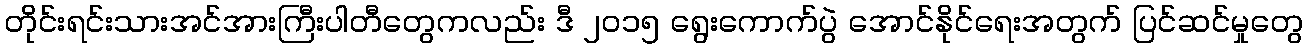
တိုင်းရင်းသားအင်အားကြီးပါတီတွေကလည်း ဒီ ၂ဝ၁၅ ရွေးကောက်ပွဲ အောင်နိုင်ရေးအတွက် ပြင်ဆင်မှုတွေ